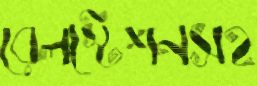
রেলস্টেশনসহ